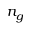
n _ { g }